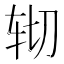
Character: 𰹹